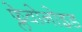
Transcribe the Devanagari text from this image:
फ्लेवोनोइड